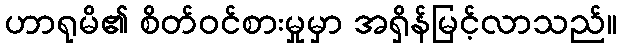
ဟာရုမိ၏ စိတ်ဝင်စားမှုမှာ အရှိန်မြင့်လာသည်။